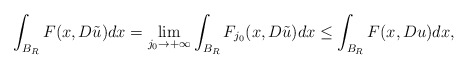
\begin{align*}\int_{B_R} F(x,D\tilde{u})dx= \lim_{j_0 \to +\infty}\int_{B_R} F_{j_0}(x,D\tilde{u})dx\leq \int_{B_R}F(x,Du)dx,\end{align*}